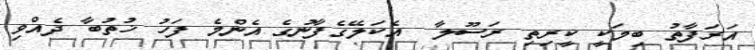
އަރަފާތު ބިމަކީ ކީރިތި ރަސޫލާ  އެކަލޭގެފާނުގެ އެންމެ ފަހު ޚުތުބާ ދެއްވި